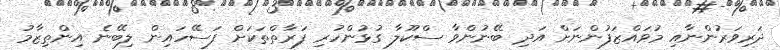
ދަރިވަރުންނާއި މުވައްޒަފުންނަށް އަދި ބޭނުންވާ ސްކޫލާ ގުޅުންހުރި ފަރާތްތަކަށް ފަސޭހައިން ލިބޭނެ އިންތިޒާމު